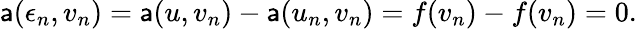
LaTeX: \mathsf{a}(\epsilon_{n},v_{n})=\mathsf{a}(u,v_{n})-\mathsf{a}(u_{n},v_{n})=f(v_{n})-f(v_{n})=0.